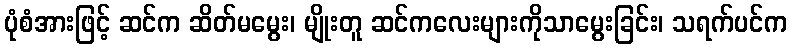
ပုံစံအားဖြင့် ဆင်က ဆိတ်မမွေး၊ မျိုးတူ ဆင်ကလေးများကိုသာမွေးခြင်း၊ သရက်ပင်က